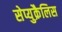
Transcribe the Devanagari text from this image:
सेप्युक्रैलिस